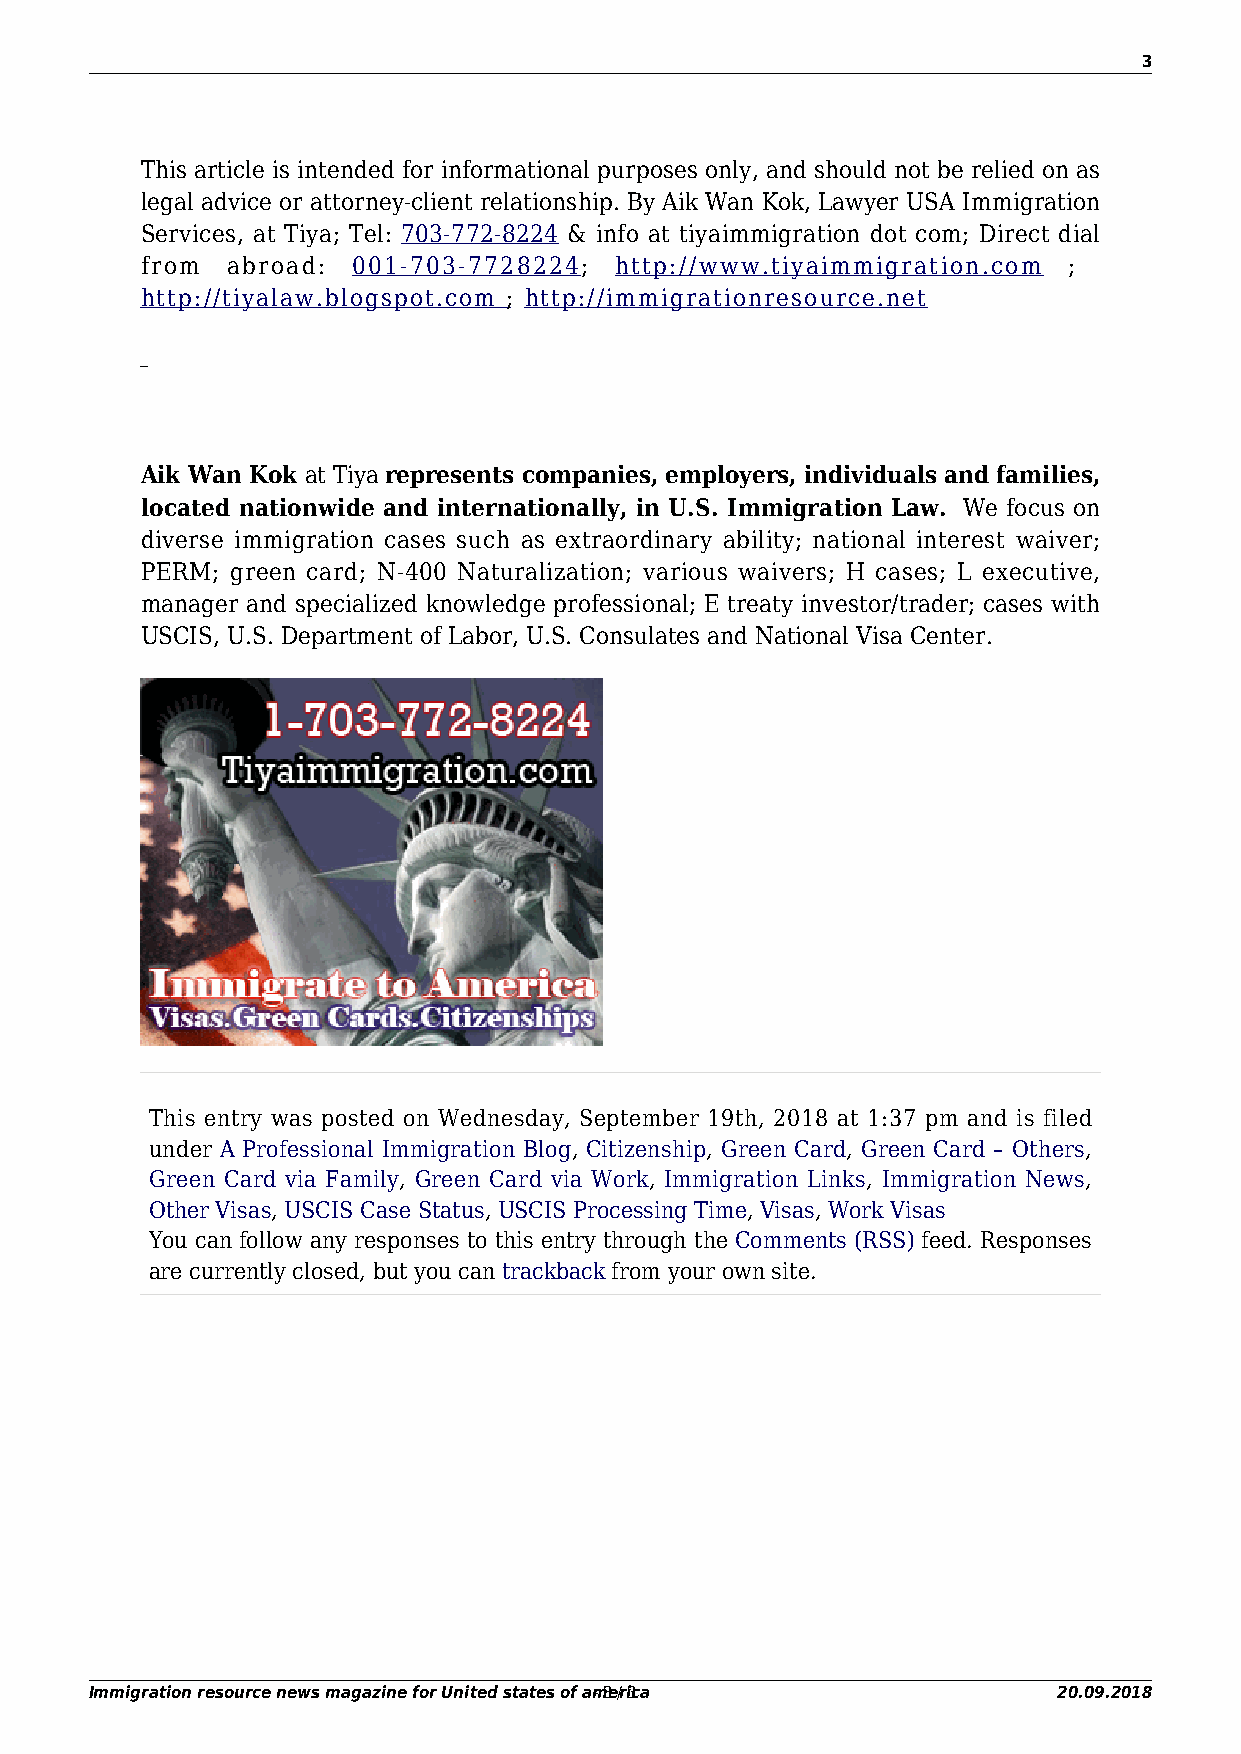
3
 This article is intended for informational purposes only, and should not be relied on as
 legal advice or attorney-client relationship. By Aik Wan Kok, Lawyer USA Immigration
 Services, at Tiya; Tel: 703-772-8224 & info at tiyaimmigration dot com; Direct dial
 from  abroad: 001-703-7728224;  http://www.tiyaimmigration.com ;
 http://tiyalaw.blogspot.com ; http://immigrationresource.net
 Aik Wan Kok at Tiya represents companies, employers, individuals and families,
 located nationwide and internationally, in U.S. Immigration Law. We focus on
 diverse immigration cases such as extraordinary ability; national interest waiver;
 PERM; green card; N-400 Naturalization; various waivers; H cases; L executive,
 manager and specialized knowledge professional; E treaty investor/trader; cases with
 USCIS, U.S. Department of Labor, U.S. Consulates and National Visa Center.
 This entry was posted on Wednesday, September 19th, 2018 at 1:37 pm and is filed
 under A Professional Immigration Blog, Citizenship, Green Card, Green Card – Others,
 Green Card via Family, Green Card via Work, Immigration Links, Immigration News,
 Other Visas, USCIS Case Status, USCIS Processing Time, Visas, Work Visas
 You can follow any responses to this entry through the Comments (RSS) feed. Responses
 are currently closed, but you can trackback from your own site.
 Immigration resource news magazine for United states of am- 3e /r i3c a- 20.09.2018